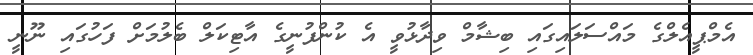
އެމްޕީއެލްގެ މައްސަލައިގައި ބިޝާމް ވިދާޅުވީ އެ ކުންފުނީގެ އާޓިކަލް ބެލުމަށް ފަހުގައި ނޫނީ